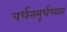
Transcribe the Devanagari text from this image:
वर्धनमूर्धध्वजा